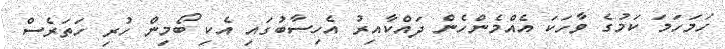
ހަމަހަމަ ކަމުގެ ވާހަކަ އެއްމެންހެން ދައްކާއިރު އެހިސާބުގައި އެކި ބޯމިން ހުރި ހަތަރެސް